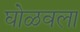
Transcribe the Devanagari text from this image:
घोळवला